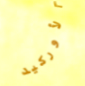
الأوركيد